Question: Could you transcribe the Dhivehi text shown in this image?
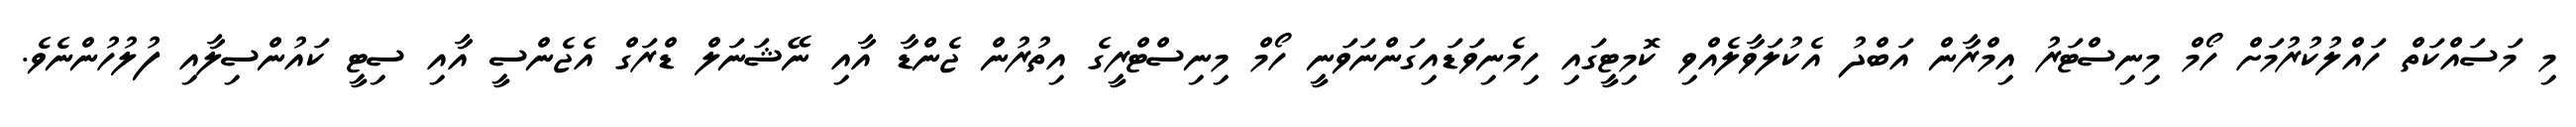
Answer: މި މަސައްކަތް ހައްލުކުރުމަށް ހޯމް މިނިސްޓަރު އިމްރާން އަބްދު އެކުލަވާލެއްވި ކޮމިޓީގައި ހިމެނިވަޑައިގަންނަވަނީ ހޯމް މިނިސްޓްރީގެ އިތުރުން ޖެންޑާ އާއި ނޭޝަނަލް ޑްރަގް އެޖެންސީ އާއި ސިޓީ ކައުންސިލާއި ފުލުހުންނެވެ.